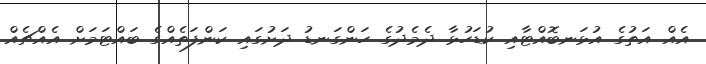
އެއް އަތުގެ އުޅަނބޮއްޓާއި ކުޑަހުޅާ ދެމެދުގެ ހަންގަނޑު ދަށުގައި ކަންފަތެއްގެ ބައްޓަމަށް އެއްޗެއް